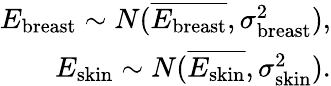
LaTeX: \begin{array}{r}{E_{\mathrm{breast}}\sim N(\overline{{E_{\mathrm{breast}}}},\sigma_{\mathrm{breast}}^{2}),}\\ {E_{\mathrm{skin}}\sim N(\overline{{E_{\mathrm{skin}}}},\sigma_{\mathrm{skin}}^{2}).}\end{array}